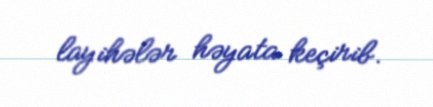
layihələr həyata keçirib.